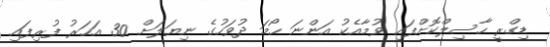
ޑިގްރީ ހާސިލްކޮށްފައި ވުމާއެކު އަންނަ ހޯމަ ދުވަހުގެ ނިޔަލަށް 30 އަހަރު ފުރިފައި